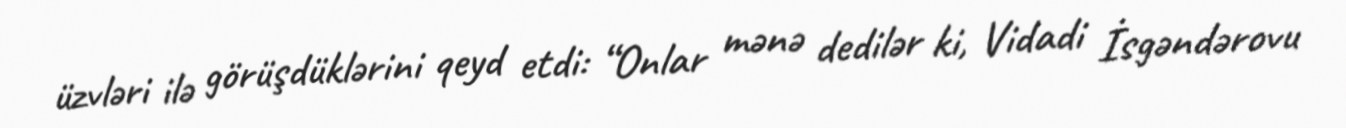
üzvləri ilə görüşdüklərini qeyd etdi: “Onlar mənə dedilər ki, Vidadi İsgəndərovu